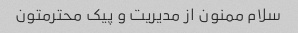
سلام ممنون از مدیریت و پیک محترمتون